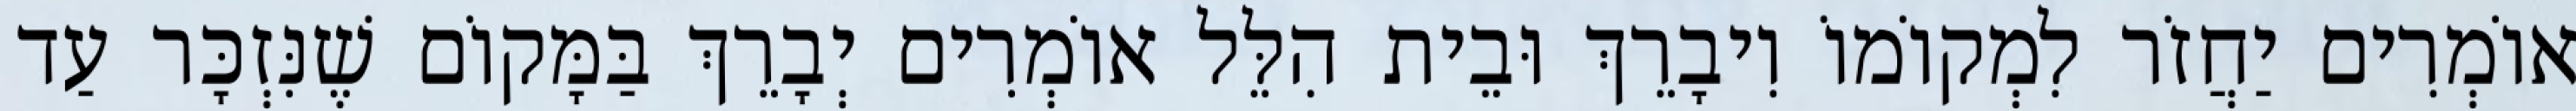
אוֹמְרִים יַחֲזֹר לִמְקוֹמוֹ וִיבָרֵךְ וּבֵית הִלֵּל אוֹמְרִים יְבָרֵךְ בַּמָּקוֹם שֶׁנִּזְכָּר עַד